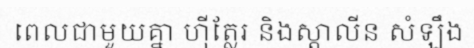
ពេលជាមួយគ្នា ហ៊ីត្លែរ និងស្តាលីន សំឡឹង